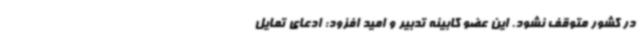
در کشور متوقف نشود. این عضو کابینه تدبیر و امید افزود: ادعای تمایل